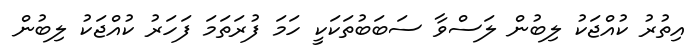
އިތުރު ކުއްޖަކު ލިބުން ލަސްވާ ސަބަބުތަކަކީ ހަމަ ފުރަތަމަ ފަހަރު ކުއްޖަކު ލިބުން